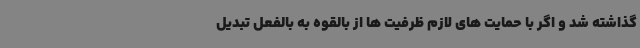
گذاشته شد و اگر با حمایت های لازم ظرفیت ها از بالقوه به بالفعل تبدیل